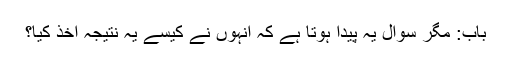
باب: مگر سوال یہ پیدا ہوتا ہے کہ انہوں نے کیسے یہ نتیجہ اخذ کیا؟